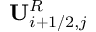
\mathbf { U } _ { i + 1 / 2 , j } ^ { R }